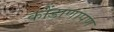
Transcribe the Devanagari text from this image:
कोंडाणापण